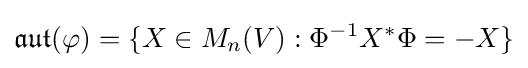
{\mathfrak {aut}}(\varphi )=\{X\in M_{n}(V):\Phi ^{-1}X^{*}\Phi =-X\}